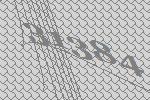
31384